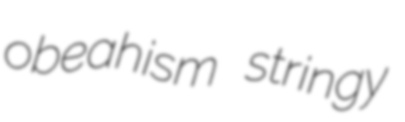
obeahism stringy